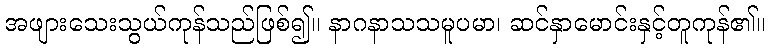
အဖျားသေးသွယ်ကုန်သည်ဖြစ်၍။ နာဂနာသသမူပမာ၊ ဆင်နှာမောင်းနှင့်တူကုန်၏။